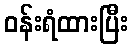
ဝန်းရံထားပြီး